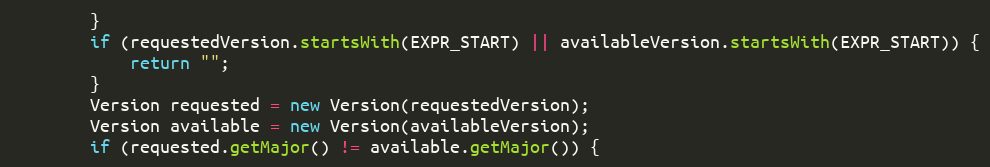
Language: Java
		}
		if (requestedVersion.startsWith(EXPR_START) || availableVersion.startsWith(EXPR_START)) {
			return "";
		}
		Version requested = new Version(requestedVersion);
		Version available = new Version(availableVersion);
		if (requested.getMajor() != available.getMajor()) {